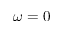
\omega = 0